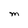
Character: M